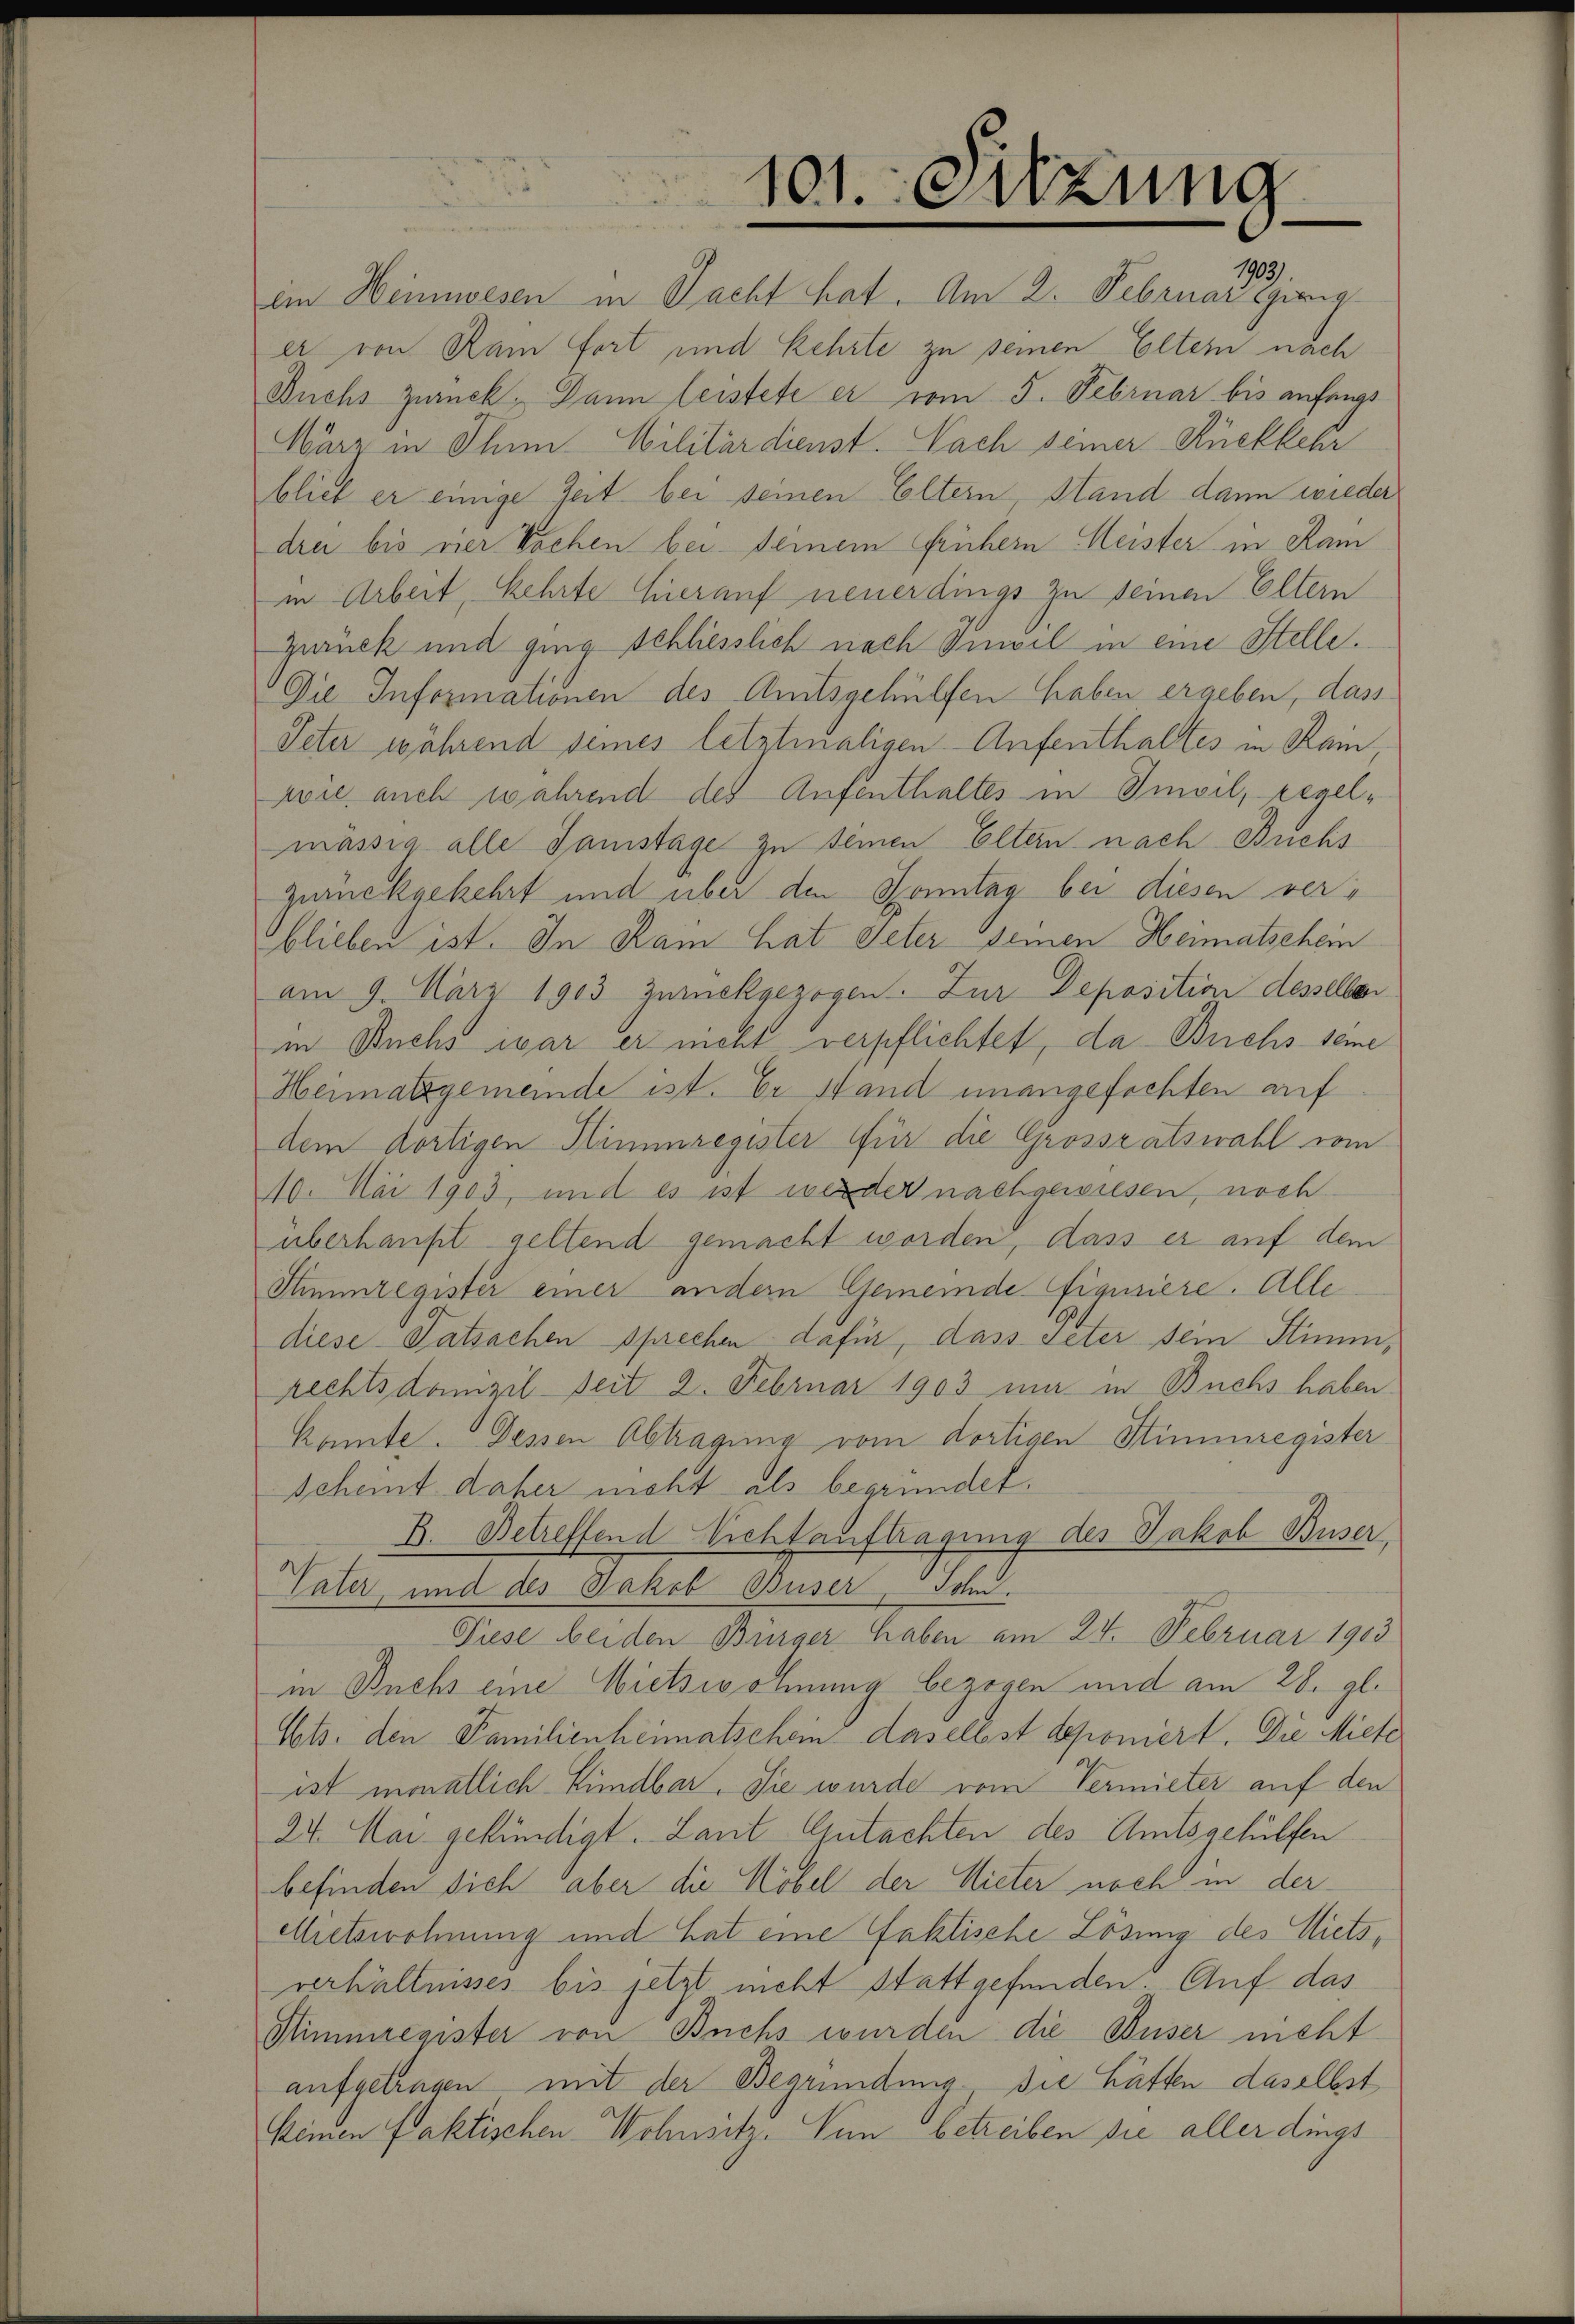
101. Setzung

1903)
iin Heimwesen in Sacht hat. Am 2. Februar einig
er von Ram fort und kehrte zu seinen Eltern nach
Buchs zurück. Dann leistete er vom 5. Februar bis anfangs
März in Ihn Militärdienst. Nach seiner Rückkehr
blieb er einige Zeit bei seinen Eltern, Stand dann wieder
drei bis ner Wochen bei seinem frühern Meister in Ram
in Arbeit, kehrte hierauf neuerdings zu seinen Eltern
Zurück und ging schliesslich nach Imvel in eine Stelle.
Die Informationen des Amtsgehülfen haben ergeben, dass
Peter während seines letztmaligen Aufenthaltes in Rain
aie auch während des Aufenthaltes in Imvil, regelmässig alle Samstage zu seinen Eltern nach Brichs
zurückgekehrt und über den Konntag bei diesen verblieben ist. In Kam hat Peter seinen Heimatschein
am 9. März 1903 zurückgezogen. Zur Deposition desselben
in Buchs war er nicht verpflichtet, da Buchs seine
Heimatsgemeinde ist. Er stand unangefochten auf
dem dortigen Stimmregister für die Grossratswahl vom
40. Mai 1903, und es ist weder nachgewiesen, noch
überhaupt geltend gemacht worden, dass es auf dem
Stimmregister einer andern Gemeinde Figuriere. Alle
diese Tatsachen sprechen dafür, dass Peter sein Stimmrechtsdamzil seit 2. Februar 1903 mir in Buchs haben.
konnte. Dessen Abtragung vom dortigen Stimmregister
scheint daher nicht als begründet.
B. Betreffend Vichtauftragung des Jakob Buser
Vater, und des Jakob Buser, Sohn.
Tiese beiden Bürger haben am 24. Februar 1903
in Buchs eine Wietswohnung bezogen und am 28. gl.
Eets. den Familienheimatschein daselbst deponiert. Die Miete
ist monatlich Hündbar. Sie wurde vom Vermieter auf den
24. Mai gekündigt. Laut Gutachten des Amtsgehülfen
befinden sich aber die Möbel der Mieter noch in der
Mietswohnung und hat eine faktische Lösung des Mietsverhältnisses bis jetzt nicht stattgefunden. Auf das
Stimmregister von Buchs wurden die Buser nicht
aufgetrügen mit der Begründung, die hätten daselbst
keinen faktischen Wohnsitz. Von betreiben sie aller dings